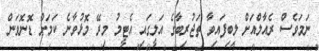
ނަމަވެސް ރެއާލްއަށް ލިބިފައިވާ ތަޖުރިބާގެ އަލީގައި އެޓީމު މިރޭ މޮޅުވާނެ ކަމަށް ޑޮނޮވަން